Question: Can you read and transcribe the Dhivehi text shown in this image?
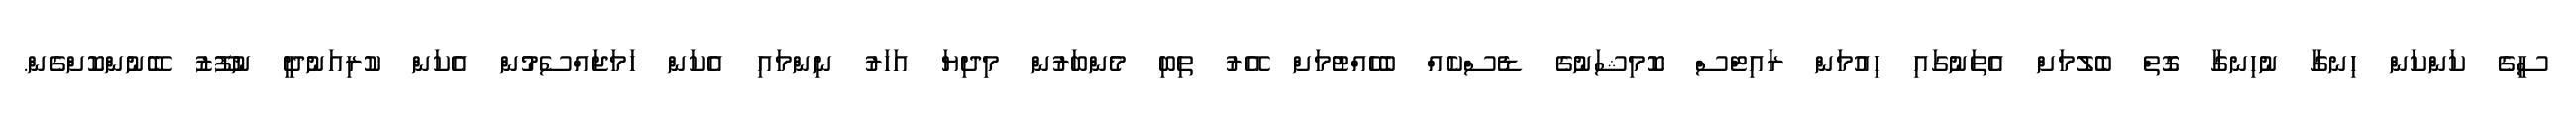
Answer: ސީގެ ކަންކަން ހިނގާ ނުހިނގާ ގޮތް ބެލުމަށް އެތަނުގައި ހިއުމަން ރައިޓްސް ކޮމިޝަނުގެ ޑެސްކެއް ބެހެއްޓުމަށް އޭރު ތިބި މެންބަރުން މިދިޔަ އަހަރު ނިންމައި އެކަން ހަމަޖައްސެމުން އެކަން ކުރިއަނުދީ ނުފޫޒު ބޭނުންކޮށްގެން.